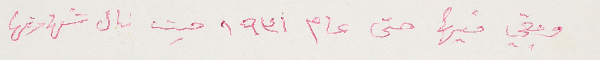
وبقي فيها حتى عام ١٩٣١ حيث نال شهادتها